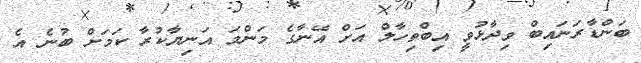
ބަންޑާރަނައިބް ވިދާޅުވީ އިބްތިހާލް އަށް އޭނާގެ މަންމަ އަނިޔާކުރާ ކަމަށް ބުނެ އެ